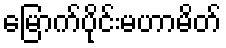
မြောက်ပိုင်းမဟာမိတ်